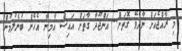
މި ރާއްޖެއަށް ނާދެވޭ ގޮތަށް.. އަންޖޫދާ ގާތަށް އައިސް އާމިނާ އެހެން ބުނެލުމުން